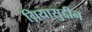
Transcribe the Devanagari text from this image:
ग़ियासुद्दीन